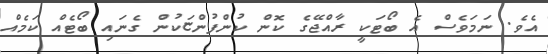
އެވެ. ނަމަވެސް އެ ބޯޓަކީ ރާއްޖޭގެ ކޮން ކުންފުންޏަކުން ގެނައި ބޯޓެއް ކަމެއް